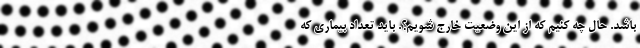
باشد. حال چه کنیم که از این وضعیت خارج شویم؟. باید تعداد بیماری که